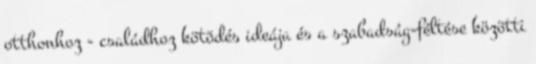
otthonhoz - családhoz kötõdés ideája és a szabadság-féltése közötti